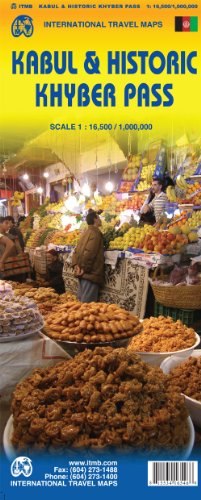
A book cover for Kabul 1:16,500 & Historic Khyber Pass 1,000,000 (Afghanistan) Travel Map, 2012 edition ITMB; ITM Canada; Travel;